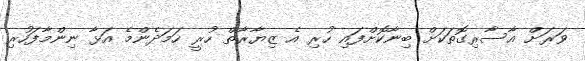
ވަރަށް އާސާރިގޮތަކަށް ބިނާކޮށްފައި ހުރި އެ ޒިޔާރާތް ހުރީ ހަމަދެންމެ އަޅާ ނިންމާފަހުރި